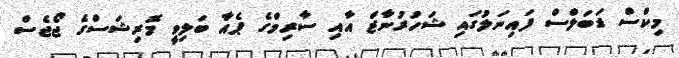
މިކްސް ޑަބަލްސް ފައިނަލުގައި ޝަހުރުނާޒް އާއި ސާރިމްގެ ޕެއާ ބަލިވީ މޮރިޝަސްގެ ޖޯޖެސް